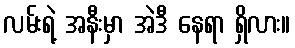
လမ်းရဲ့ အနီးမှာ အဲဒီ နေရာ ရှိလား။